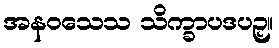
အနဝသေသ သိက္ခာပဒပဉှ။